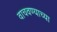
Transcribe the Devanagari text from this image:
वाचवण्याच्या